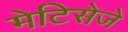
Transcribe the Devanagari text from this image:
मेटिसेजे